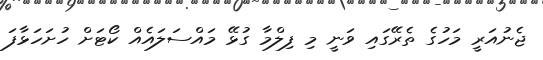
ޖެނުއަރީ މަހުގެ ތެރޭގައި ވަނީ މި ފިލްމާ ގުޅޭ މައްސަލައެއް ކޯޓަށް ހުށަހަޅާފަ